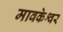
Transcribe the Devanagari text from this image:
मावकेश्वर